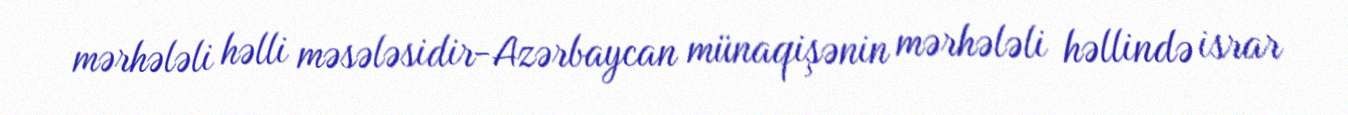
mərhələli həlli məsələsidir-Azərbaycan münaqişənin mərhələli həllində israr